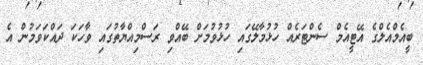
ބީއެމްއެލްގެ އޭޓީއެމް ސެންޓަރެއް ހުޅުުމާލޭގައި ހުޅުވުމަށް ބޭއްވި ރަސްމިއްޔާތުގައި ވާހަކަ ދައްކަވަމުން އެ